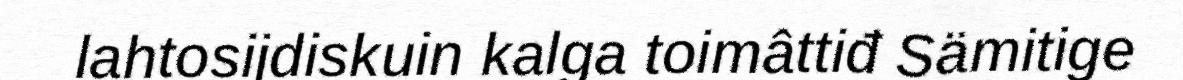
lahtosijdiskuin kalga toimâttiđ Sämitige